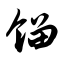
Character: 馏